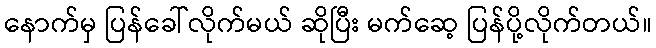
နောက်မှ ပြန်ခေါ်လိုက်မယ် ဆိုပြီး မက်ဆေ့ ပြန်ပို့လိုက်တယ်။